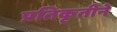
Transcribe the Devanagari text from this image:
प्रतिकृतीने